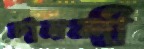
চানন্দী